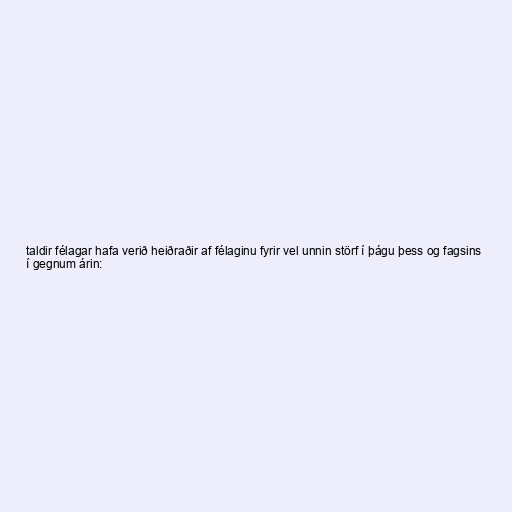
taldir félagar hafa verið heiðraðir af félaginu fyrir vel unnin störf í þágu þess og fagsins
í gegnum árin: